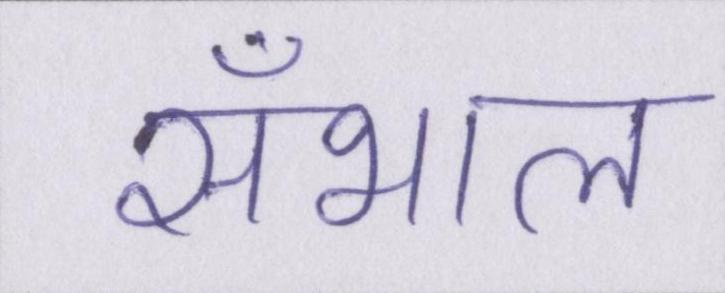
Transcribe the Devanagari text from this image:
सँभाल